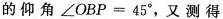
的仰角$$\angle OBP=45^{\circ}$$，又测得